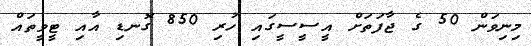
މިނިވަން 50 ގެ ޖާފަތަށް އީސީސީގައި ހުރި 850 ގޮނޑި އާއި ޓީވީތައް